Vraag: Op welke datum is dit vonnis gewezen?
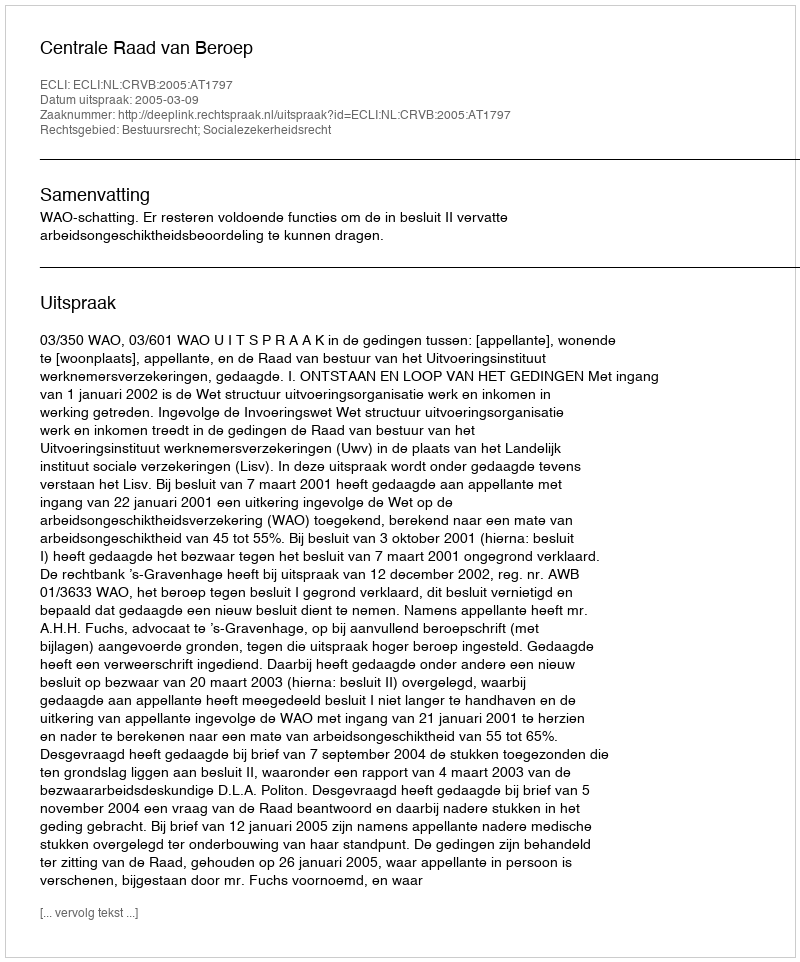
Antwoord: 2005-03-09